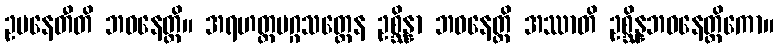
ဥပနေတီတိ ဘဝနေတ္တိ။ အရဟတ္တမဂ္ဂသတ္ထေန ဥစ္ဆိန္နာ ဘဝနေတ္တိ အဿာတိ ဥစ္ဆိန္နဘဝနေတ္တိကော။